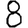
Digit: 8